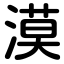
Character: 漠